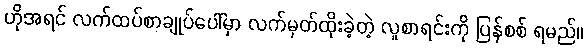
ဟိုအရင် လက်ထပ်စာချုပ်ပေါ်မှာ လက်မှတ်ထိုးခဲ့တဲ့ လူစာရင်းကို ပြန်စစ် ရမည်။